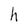
Character: h